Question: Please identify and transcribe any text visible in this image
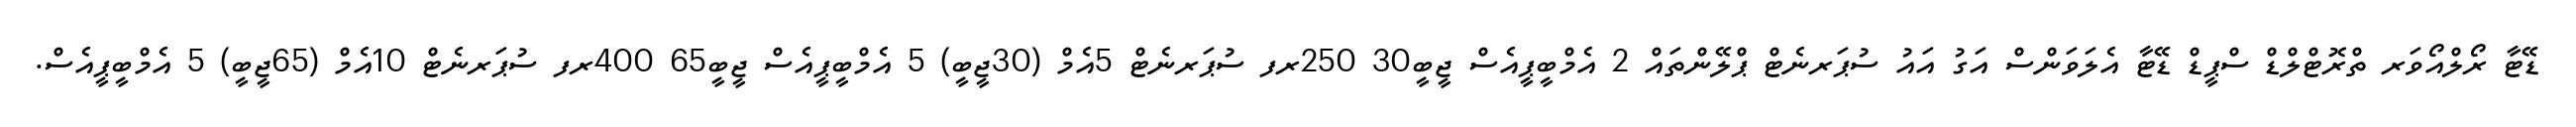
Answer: ޑޭޓާ ރޯލްއޯވަރ ތްރޮޓްލްޑް ސްޕީޑް ޑޭޓާ އެލަވަންސް އަގު އައު ސުޕަރނެޓް ޕްލޭންތައް 2 އެމްބީޕީއެސް ޖީބީ30 250ރފ ސުޕަރނެޓް 5އެމް (30ޖީބީ) 5 އެމްބީޕީއެސް ޖީބީ65 400ރފ ސުޕަރނެޓް 10އެމް (65ޖީބީ) 5 އެމްބީޕީއެސް.